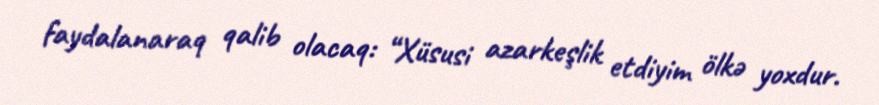
faydalanaraq qalib olacaq: “Xüsusi azarkeşlik etdiyim ölkə yoxdur.